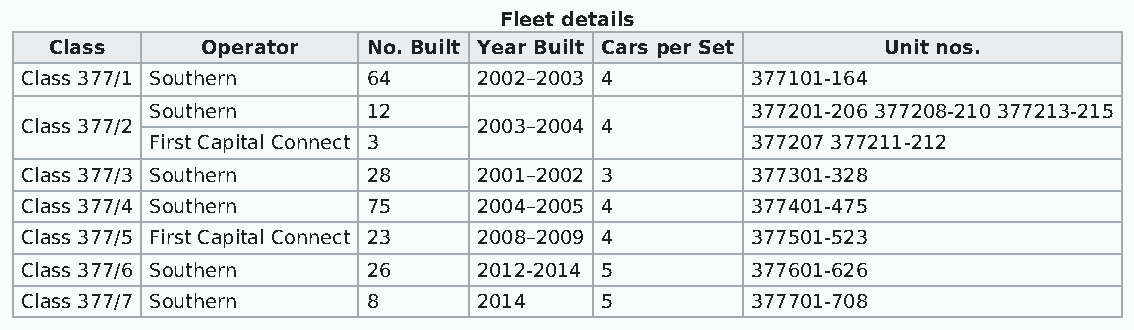
Fleet details
 Class     Operator   No. Built Year Built Cars per Set Unit nos.
 Class 377/1 Southern   64      2002–2003 4       377101-164
 Southern      12                        377201-206 377208-210 377213-215
 Class 377/2                    2003–2004 4
 First Capital Connect 3                 377207 377211-212
 Class 377/3 Southern   28      2001–2002 3       377301-328
 Class 377/4 Southern   75      2004–2005 4       377401-475
 Class 377/5 First Capital Connect 23 2008–2009 4 377501-523
 Class 377/6 Southern   26      2012-2014 5       377601-626
 Class 377/7 Southern   8       2014    5         377701-708